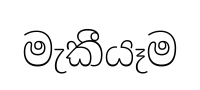
මැකීයෑම